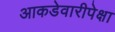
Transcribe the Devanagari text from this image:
आकडेवारीपेक्षा